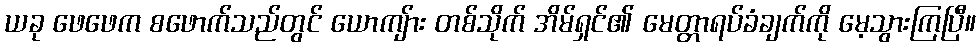
ယခု ဖေဖေက စဖောက်သည်တွင် ယောကျ်ား တစ်သိုက် အိမ်ရှင်၏ မေတ္တာရပ်ခံချက်ကို မေ့သွားကြပြီ။